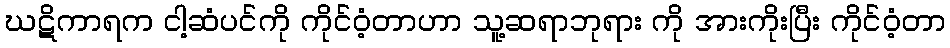
ဃဋိကာရက ငါ့ဆံပင်ကို ကိုင်ဝံ့တာဟာ သူ့ဆရာဘုရား ကို အားကိုးပြီး ကိုင်ဝံ့တာ